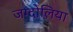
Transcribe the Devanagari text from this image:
जग्दोलिया